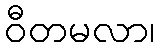
ဝီတမလာ၊